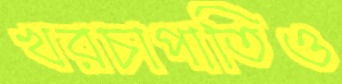
খরচাপাতিও